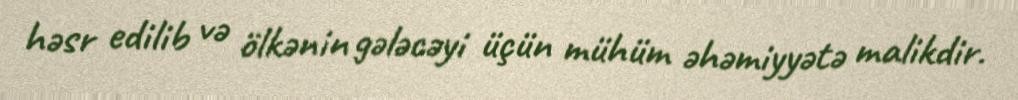
həsr edilib və ölkənin gələcəyi üçün mühüm əhəmiyyətə malikdir.